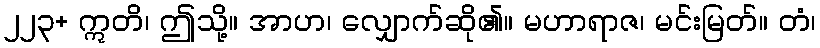
၂၂၃+ ဣတိ၊ ဤသို့။ အာဟ၊ လျှောက်ဆို၏။ မဟာရာဇ၊ မင်းမြတ်။ တံ၊